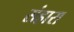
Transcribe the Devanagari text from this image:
संहारा